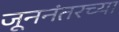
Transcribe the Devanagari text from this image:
जूननंतरच्या